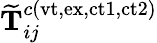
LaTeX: \mathbf{\widetilde{T}}_{ij}^{c(\mathrm{vt,ex,ct1,ct2})}